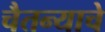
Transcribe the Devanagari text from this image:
चैतन्याचे